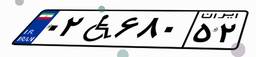
۰۲W۶۸۰۵۲